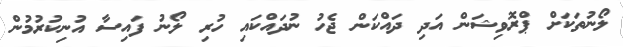
ލޯނުތަކަށް ޕްރޮވިޝަން އަދި ދައްކަން ޖެހު ނުދައްކައި ހުރި ލޯނު ފައިސާ އުނިކުރުމުން